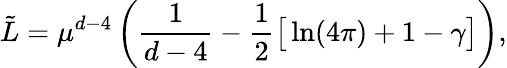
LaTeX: \tilde{L}=\mu^{d-4}\left(\frac{1}{d-4}-\frac{1}{2}\big[\ln(4\pi)+1-\gamma\big]\right),